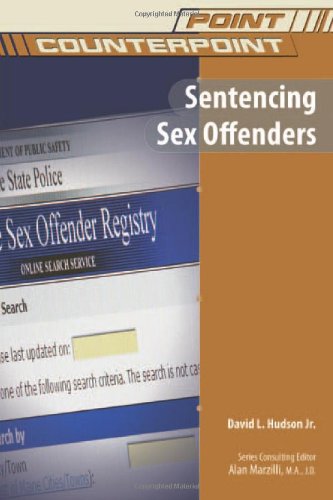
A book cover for Sentencing Sex Offenders (Point/Counterpoint); David L. Hudson; Teen & Young Adult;